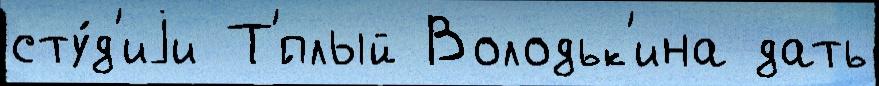
сту́д'иjи Т'́плый Володьк'ина дать